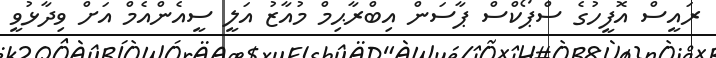
ރައީސް އޮފީހުގެ ސްޕޯކްސް ޕާސަން އިބްރާޙިމް މުއާޒު އަލީ ސީއެންއެމް އަށް ވިދާޅުވީ